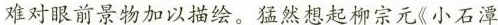
难对眼前景物加以描绘。猛然想起柳宗元《小石潭